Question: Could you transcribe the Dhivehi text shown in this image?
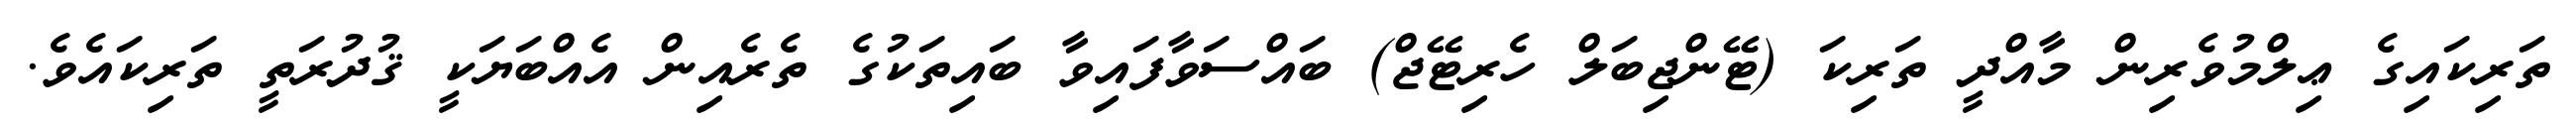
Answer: ތަރިކައިގެ ޢިލްމުވެރިން މާއްދީ ތަރިކަ (ޓޭންޖިބަލް ހެރިޓޭޖް) ބައްސަވާފައިވާ ބައިތަކުގެ ތެރެއިން އެއްބަޔަކީ ޤުދުރަތީ ތަރިކައެވެ.